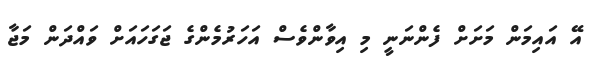
އޭ އައިމަން މަށަށް ފެންނަނީ މި އިވާންވެސް އަހަރުމެންގެ ޖަގަހައަށް ވައްދަން މަޖާ